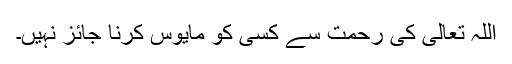
اللہ تعالیٰ کی رحمت سے کسی کو مایوس کرنا جائز نہیں۔